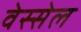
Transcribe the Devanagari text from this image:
वेस्सेल